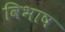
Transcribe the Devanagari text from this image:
विभाष